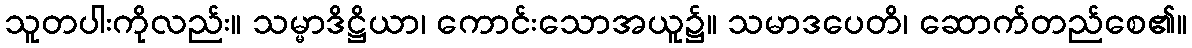
သူတပါးကိုလည်း။ သမ္မာဒိဋ္ဌိယာ၊ ကောင်းသောအယူ၌။ သမာဒပေတိ၊ ဆောက်တည်စေ၏။